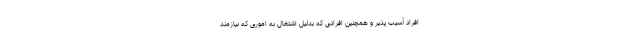
افراد آسیب پذیر و همچنین افرادی که بدلیل اشتغال به اموری که نیازمند